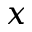
x